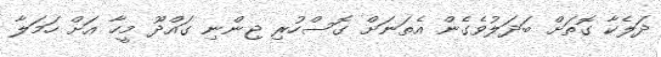
ދަލެކާ ގޮތަށް ބަދަލުވެގެން އެތަނަށް ގޮސްހުރި ޖިންނި ގައްދޫ މީހާ އަށް ހަމަލާ